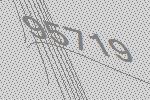
95719